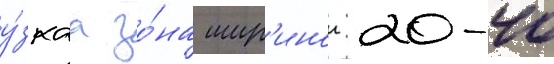
у́зкаа зо́на шир'инои 20-40